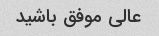
عالی موفق باشید